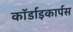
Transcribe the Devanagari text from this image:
कॉर्डाइकार्पस